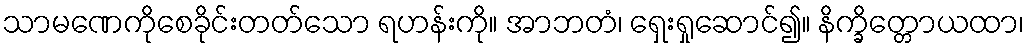
သာမဏေကိုစေခိုင်းတတ်သော ရဟန်းကို။ အာဘတံ၊ ရှေးရှုဆောင်၍။ နိက္ခိတ္တောယထာ၊